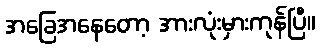
အခြေအနေတော့ အားလုံးမှားကုန်ပြီ။